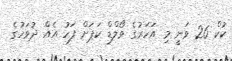
ކުކް 26 ވަނީ މި އަހަރުގެ ވޯލްޑް ކަޕަށް ފަހު އެއް ދުވަހުގެ